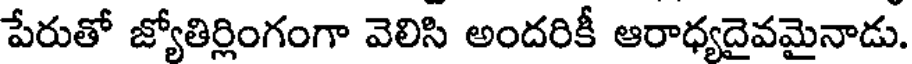
పేరుతో జ్యోతిర్లింగంగా వెలిసి అందరికీ ఆరాధ్యదైవమైనాడు.